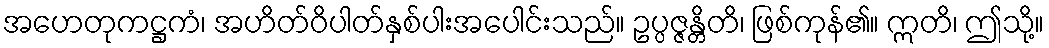
အဟေတုကဋ္ဌကံ၊ အဟိတ်ဝိပါတ်နှစ်ပါးအပေါင်းသည်။ ဥပ္ပဇ္ဇန္တိတိ၊ ဖြစ်ကုန်၏။ ဣတိ၊ ဤသို့။